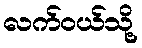
လက်ဝယ်သို့